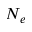
N _ { e }